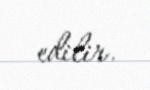
edilir.